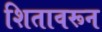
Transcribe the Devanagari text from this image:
शितावरून